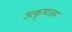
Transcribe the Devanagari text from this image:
उत्‍कृष्‍टतम